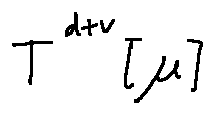
T ^ { d + v } [ \mu ]